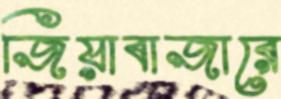
জিয়াবাজারে